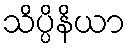
သိပ္ပိနိယာ